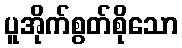
ပူအိုက်စွတ်စိုသော